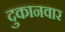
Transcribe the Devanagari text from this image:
दुकानवार